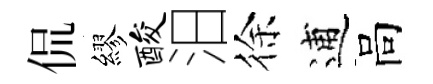
侃繆酸汨徐逋高